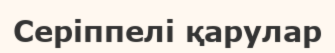
Серіппелі қарулар